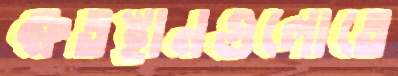
ক্ষতস্থানগুলোতে